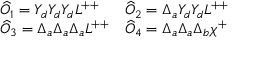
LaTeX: \begin{array} { l l } { { \widehat { \cal O } _ { 1 } = Y _ { d } Y _ { d } Y _ { d } L ^ { + + } } } & { { \widehat { \cal O } _ { 2 } = \Delta _ { a } Y _ { d } Y _ { d } L ^ { + + } } } \\ { { \widehat { \cal O } _ { 3 } = \Delta _ { a } \Delta _ { a } \Delta _ { a } L ^ { + + } } } & { { \widehat { \cal O } _ { 4 } = \Delta _ { a } \Delta _ { a } \Delta _ { b } \chi ^ { + } } } \end{array}